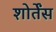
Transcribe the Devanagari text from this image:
शोर्तेंस